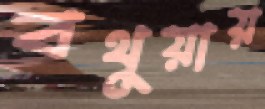
বথুয়ায়